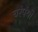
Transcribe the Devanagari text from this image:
चरंपंथी